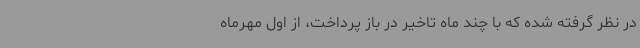
در نظر گرفته شده که با چند ماه تاخیر در باز پرداخت، از اول مهرماه